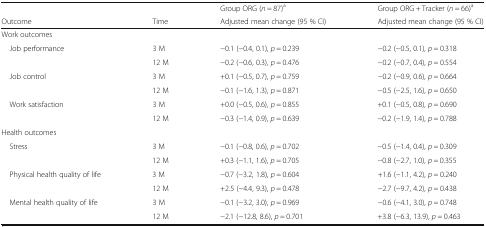
|  |  | Group ORG (n = 87)a | Group ORG + Tracker (n = 66)a |
 | Outcome | Time | Adjusted mean change (95 % CI) | Adjusted mean change (95 % CI) |
 | --- | --- | --- | --- |
 | <COLSPAN=4> Work outcomes |
 | <ROWSPAN=2> Job performance | 3 M | −0.1 (−0.4, 0.1), p = 0.239 | −0.2 (−0.5, 0.1), p = 0.318 |
 | 12 M | −0.2 (−0.6, 0.3), p = 0.476 | −0.2 (−0.7, 0.4), p = 0.554 |
 | <ROWSPAN=2> Job control | 3 M | +0.1 (−0.5, 0.7), p = 0.759 | −0.2 (−0.9, 0.6), p = 0.664 |
 | 12 M | −0.1 (−1.6, 1.3), p = 0.871 | −0.5 (−2.5, 1.6), p = 0.650 |
 | <ROWSPAN=2> Work satisfaction | 3 M | +0.0 (−0.5, 0.6), p = 0.855 | +0.1 (−0.5, 0.8), p = 0.690 |
 | 12 M | −0.3 (−1.4, 0.9), p = 0.639 | −0.2 (−1.9, 1.4), p = 0.788 |
 | <COLSPAN=4> Health outcomes |
 | <ROWSPAN=2> Stress | 3 M | −0.1 (−0.8, 0.6), p = 0.702 | −0.5 (−1.4, 0.4), p = 0.309 |
 | 12 M | +0.3 (−1.1, 1.6), p = 0.705 | −0.8 (−2.7, 1.0), p = 0.355 |
 | <ROWSPAN=2> Physical health quality of life | 3 M | −0.7 (−3.2, 1.8), p = 0.604 | +1.6 (−1.1, 4.2), p = 0.240 |
 | 12 M | +2.5 (−4.4, 9.3), p = 0.478 | −2.7 (−9.7, 4.2), p = 0.438 |
 | <ROWSPAN=2> Mental health quality of life | 3 M | −0.1 (−3.2, 3.0), p = 0.969 | −0.6 (−4.1, 3.0), p = 0.748 |
 | 12 M | −2.1 (−12.8, 8.6), p = 0.701 | +3.8 (−6.3, 13.9), p = 0.463 |